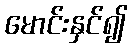
မောင်းနှင်၍